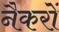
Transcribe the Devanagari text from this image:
नैकरों